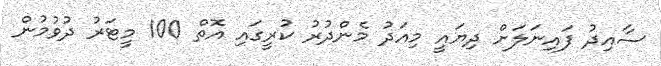
ސާއިދު ފައިނަލަށް ދިޔައީ މިއަދު މެންދުރު ކުރީގައި އޮތް 100 މީޓަރު ދުވުމުން